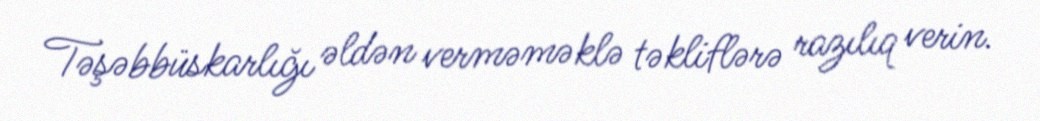
Təşəbbüskarlığı əldən verməməklə təkliflərə razılıq verin.